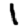
Digit: 1